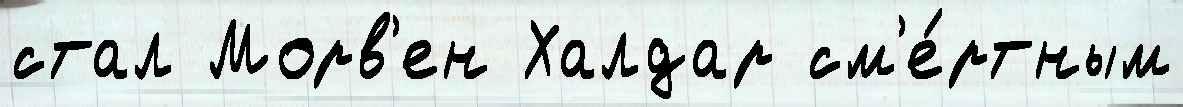
стал Морв'ен Халдар см'е́ртным